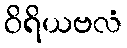
ဝိရိယဗလံ